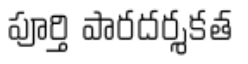
పూర్తి పారదర్శకత